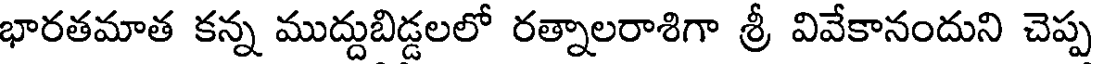
భారతమాత కన్న ముద్దుబిడ్డలలో రత్నాలరాశిగా శ్రీ వివేకానందుని చెప్ప